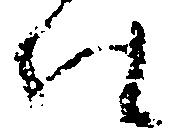
仕